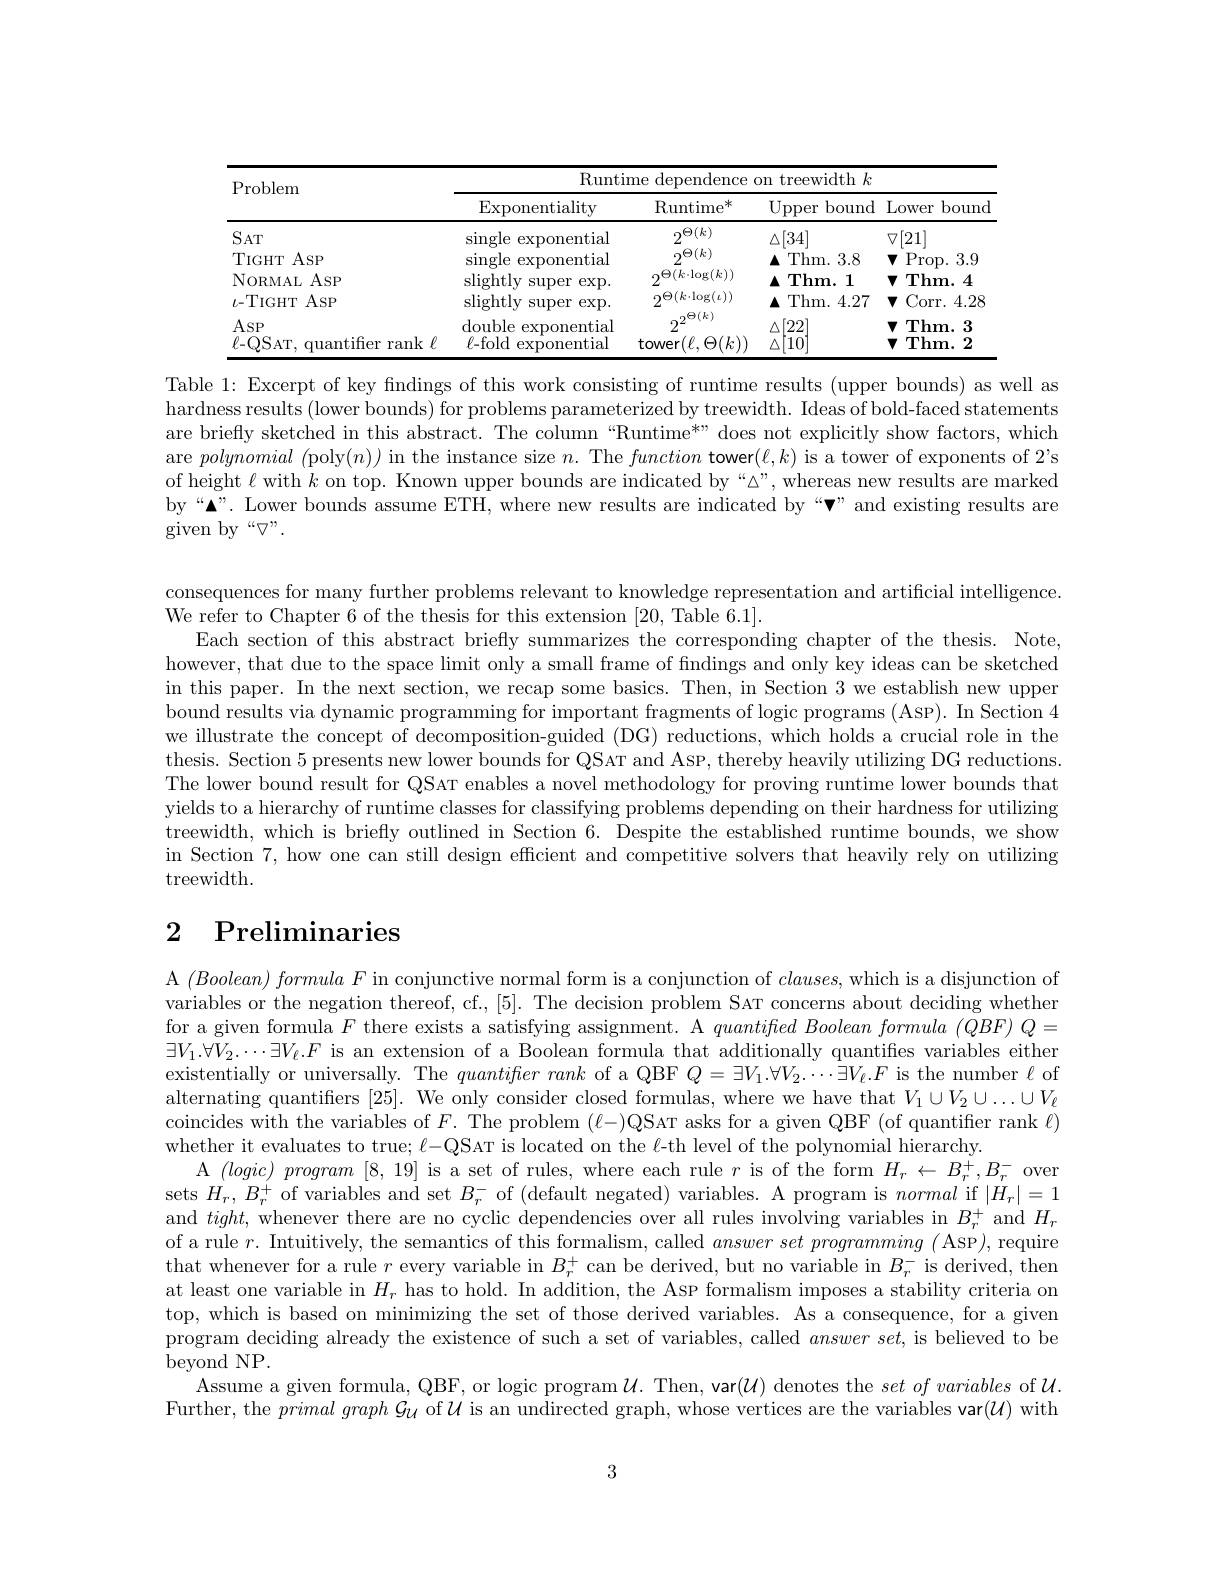
Table 1: Excerpt of key findings of this work consisting of runtime results (upper bounds) as well as

hardness results (lower bounds) for problems parameterized by treewidth. Ideas of bold-faced statements are briefly sketched in this abstract. The column “Runtime*" does not explicitly show factors, which are polynomial (poly$(n))$ in the instance size $n.$ The function tower$(\ell,k)$ is a tower of exponents of 2's of height $\ell$ with $k$ on top. Known upper bounds are indicated by“△”, whereas new results are marked by“▲”. Lower bounds assume ETH, where new results are indicated by“v" and existing results are given by“$\nabla”.$

consequences for many further problems relevant to knowledge representation and artificial intelligence.
We refer to Chapter 6 of the thesis for this extension [20, Table 6.1].
Each section of this abstract briefly summarizes the corresponding chapter of the thesis. Note, however, that due to the space limit only a small frame of findings and only key ideas can be sketched in this paper. In the next section, we recap some basics. Then, in Section 3 we establish new upper bound results via dynamic programming for important fragments of logic programs (Asp). In Section 4 we illustrate the concept of decomposition-guided (DG) reductions, which holds a crucial role in the thesis. Section 5 presents new lower bounds for QSAT and AsP, thereby heavily utilizing DG reductions. The lower bound result for QSAT enables a novel methodology for proving runtime lower bounds that yields to a hierarchy of runtime classes for classifying problems depending on their hardness for utilizing treewidth, which is briefly outlined in Section 6. Despite the established runtime bounds, we show in Section 7, how one can still design efficient and competitive solvers that heavily rely on utilizing treewidth.

## $\begin{array}{cc}2&\text{Preliminaries}\end{array}$

A $( Boolean) \textit{ formula F in conjunctive normal form is a conjunction of }clauses$, which is a disjunction of variables or the negation thereof, cf., [5]. The decision problem SAT concerns about deciding whether for a given formula $F$ there exists a satisfying assignment. A $quantifted\textit{ Boolean formula }( QBF) Q=$ $\exists V_1.\forall V_2.\cdots\exists V_\ell.F$ is an extension of a Boolean formula that additionally quantifies variables either existentially or universally. The $quantifer\textit{rank of a QBF }Q= \exists V_1. \forall V_2. \cdots \exists V_\ell . F$ is the number $\ell$ of alternating quantifiers [25]. We only consider closed formulas, where we have that $V_1\cup V_2\cup\ldots\cup V_\ell$ coincides with the variables of $F.$ The problem $(\ell-)$QSAT asks for a given QBF (of quantifier rank $\ell)$ whether it evaluates to true; $\ell-$QSAT is located on the $\ell$-th level of the polynomial hierarchy.
A $( logic) \textit{ program [ 8, 19] is a set of rules, where each rule }r$ is of the form $H_r\gets B_r^+,B_r^-$ over sets $H_r,B_r^+$ of variables and set $B_r^-$ of (default negated) variables. A program is normal if $|H_r|=1$ and $tight$, whenever there are no cyclic dependencies over all rules involving variables in $B_r^+$ and $H_r$ of a rule $r.$ Intuitively, the semantics of this formalism, called $answerset\textit{ programming ( Asp}) $, require that whenever for a rule $r$ every variable in $B_r^+$ can be derived, but no variable in $B_r^-$ is derived, then at least one variable in $H_r$ has to hold. In addition, the Asp formalism imposes a stability criteria on top, which is based on minimizing the set of those derived variables. As a consequence, for a given program deciding already the existence of such a set of variables, called $answerset$, is believed to be beyond NP.
Assume a given formula, QBF, or logic program $\mathcal{U}.$ Then, var$(\mathcal{U})$ denotes the $set\textit{of variables of }\mathcal{U} .$ Further, the $primal\textit{graph G}_{\mathcal{U}}$ of $\mathcal{U}$ is an undirected graph, whose vertices are the variables var$(\mathcal{U})$ with

3